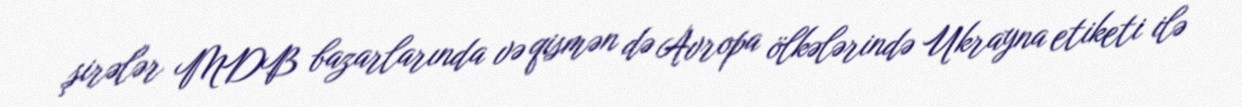
şirələr MDB bazarlarında və qismən də Avropa ölkələrində Ukrayna etiketi ilə